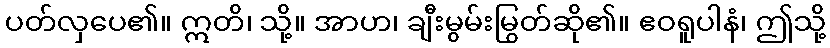
ပတ်လှပေ၏။ ဣတိ၊ သို့။ အာဟ၊ ချီးမွမ်းမြွတ်ဆို၏။ ဧဝရူပါနံ၊ ဤသို့